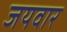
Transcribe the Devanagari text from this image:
जयवार